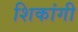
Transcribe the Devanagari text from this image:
शिकांगी